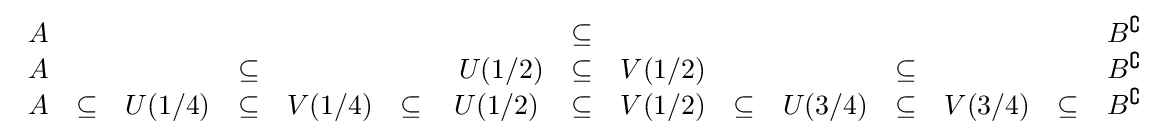
{\begin{array}{ccccccccccccccc}A&&&&&&&\subseteq &&&&&&&B^{\complement }\\A&&&\subseteq &&&\ U(1/2)&\subseteq &V(1/2)&&&\subseteq &&&B^{\complement }\\A&\subseteq &U(1/4)&\subseteq &V(1/4)&\subseteq &U(1/2)&\subseteq &V(1/2)&\subseteq &U(3/4)&\subseteq &V(3/4)&\subseteq &B^{\complement }\end{array}}